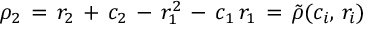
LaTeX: \rho _ { 2 } \, = \, r _ { 2 } \, + \, c _ { 2 } \, - \, r _ { 1 } ^ { 2 } \, - \, c _ { 1 } \, r _ { 1 } \, = \, \tilde { \rho } ( c _ { i } , \, r _ { i } )